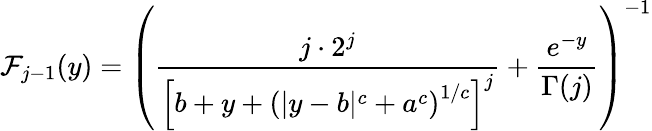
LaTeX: \mathcal{F}_{j-1}(y)=\left(\frac{j\cdot 2^{j}}{\left[b+y+\left(|y-b|^{c}+a^{c}\right)^{1/c}\right]^{j}}+\frac{e^{-y}}{\Gamma(j)}\right)^{-1}